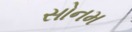
સોનમ